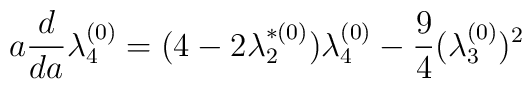
a \frac{d}{da} \lambda_4^{(0)} = (4-2 \lambda_2^{*(0)}) \lambda_4^{(0)}- \frac{9}{4} (\lambda_3^{(0)})^2